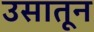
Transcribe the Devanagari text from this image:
उसातून